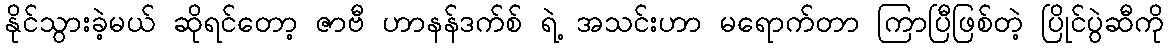
နိုင်သွားခဲ့မယ် ဆိုရင်တော့ ဇာဗီ ဟာနန်ဒက်စ် ရဲ့ အသင်းဟာ မရောက်တာ ကြာပြီဖြစ်တဲ့ ပြိုင်ပွဲဆီကို